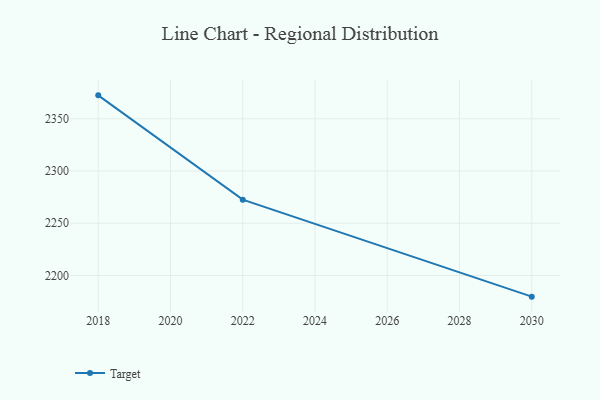
{"axis": {"x": "Year", "y": "Humidity (%)"}, "legend": ["Target"], "data": [{"x": "2018", "y": 2372.5, "type": "Target"}, {"x": "2022", "y": 2272.6, "type": "Target"}, {"x": "2030", "y": 2179.7, "type": "Target"}]}